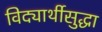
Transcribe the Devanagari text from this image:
विद्यार्थीसुद्धा